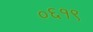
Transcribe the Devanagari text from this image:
०६१९